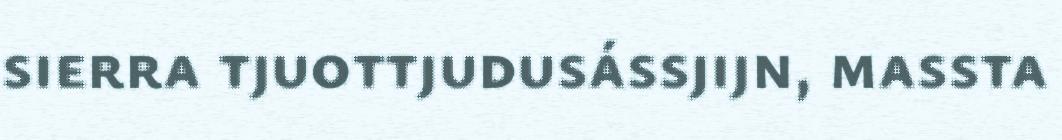
sierra tjuottjudusássjijn, massta